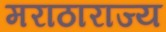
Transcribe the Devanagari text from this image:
मराठाराज्य